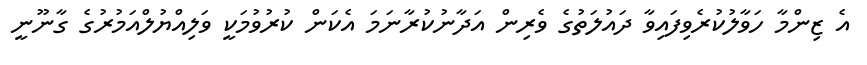
އެ ޒިންމާ ހަވާލުކުރެވިފައިވާ ދައުލަތުގެ ވެރިން އަދާނުކުރާނަމަ އެކަން ކުރުވުމަކީ ވަލިއްޔުލްއަމުރުގެ ގާނޫނީ